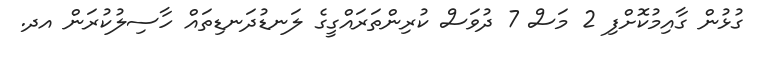
ގުޅުން ގާއިމުކޮށްފި 2 މަސް 7 ދުވަސް ކުރިންތަރައްގީގެ ލަނޑުދަނޑިތައް ހާސިލުކުރަން އދ.